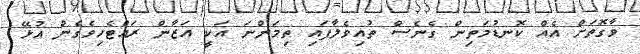
ވާގޮތަށް އެއް ކޮނޑުމަތިން ގެނެސް ތުއިވެލާފައި ތިމަންނަ އަކީ އަޒާން ރައްޓެހިވެގެން އުޅޭ